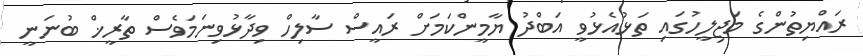
ރައްޔިތުންގެ މަޖިލީހުގައި ތަޅުއެޅުވީ އަބްދު ޔާމީންކަމަށް ރައީސް ސާލިހް ވިދާޅުވިނަމަވެސް ތާރީޚް ބުނަނީ